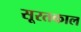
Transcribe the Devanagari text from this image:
सूरतकाल